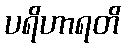
ပရိဟာရတိ